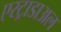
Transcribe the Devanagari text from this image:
एस्ट्राडाअल